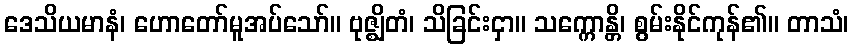
ဒေသိယမာနံ၊ ဟောတော်မူအပ်သော်။ ဗုဇ္ဈိတံ၊ သိခြင်းငှာ။ သက္ကောန္တိ၊ စွမ်းနိုင်ကုန်၏။ တာသံ၊